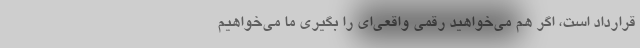
قرارداد است، اگر هم می‌خواهید رقمی واقعی‌ای را بگیری ما می‌خواهیم